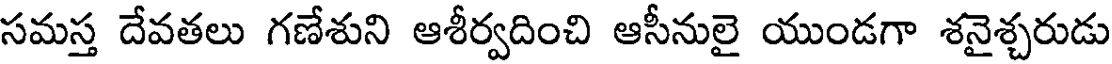
సమస్త దేవతలు గణేశుని ఆశీర్వదించి ఆసీనులై యుండగా శనైశ్చరుడు